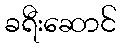
ခရီးဆောင်